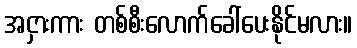
အငှားကား တစ်စီးလောက်ခေါ်ပေးနိုင်မလား။